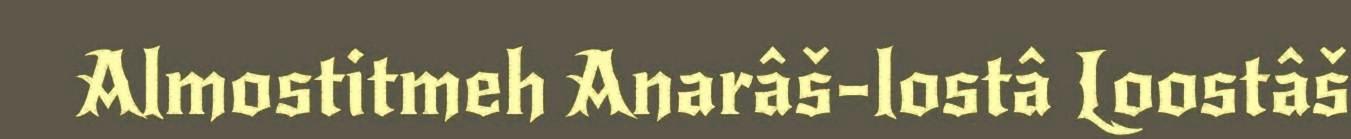
Almostitmeh Anarâš-lostâ Loostâš